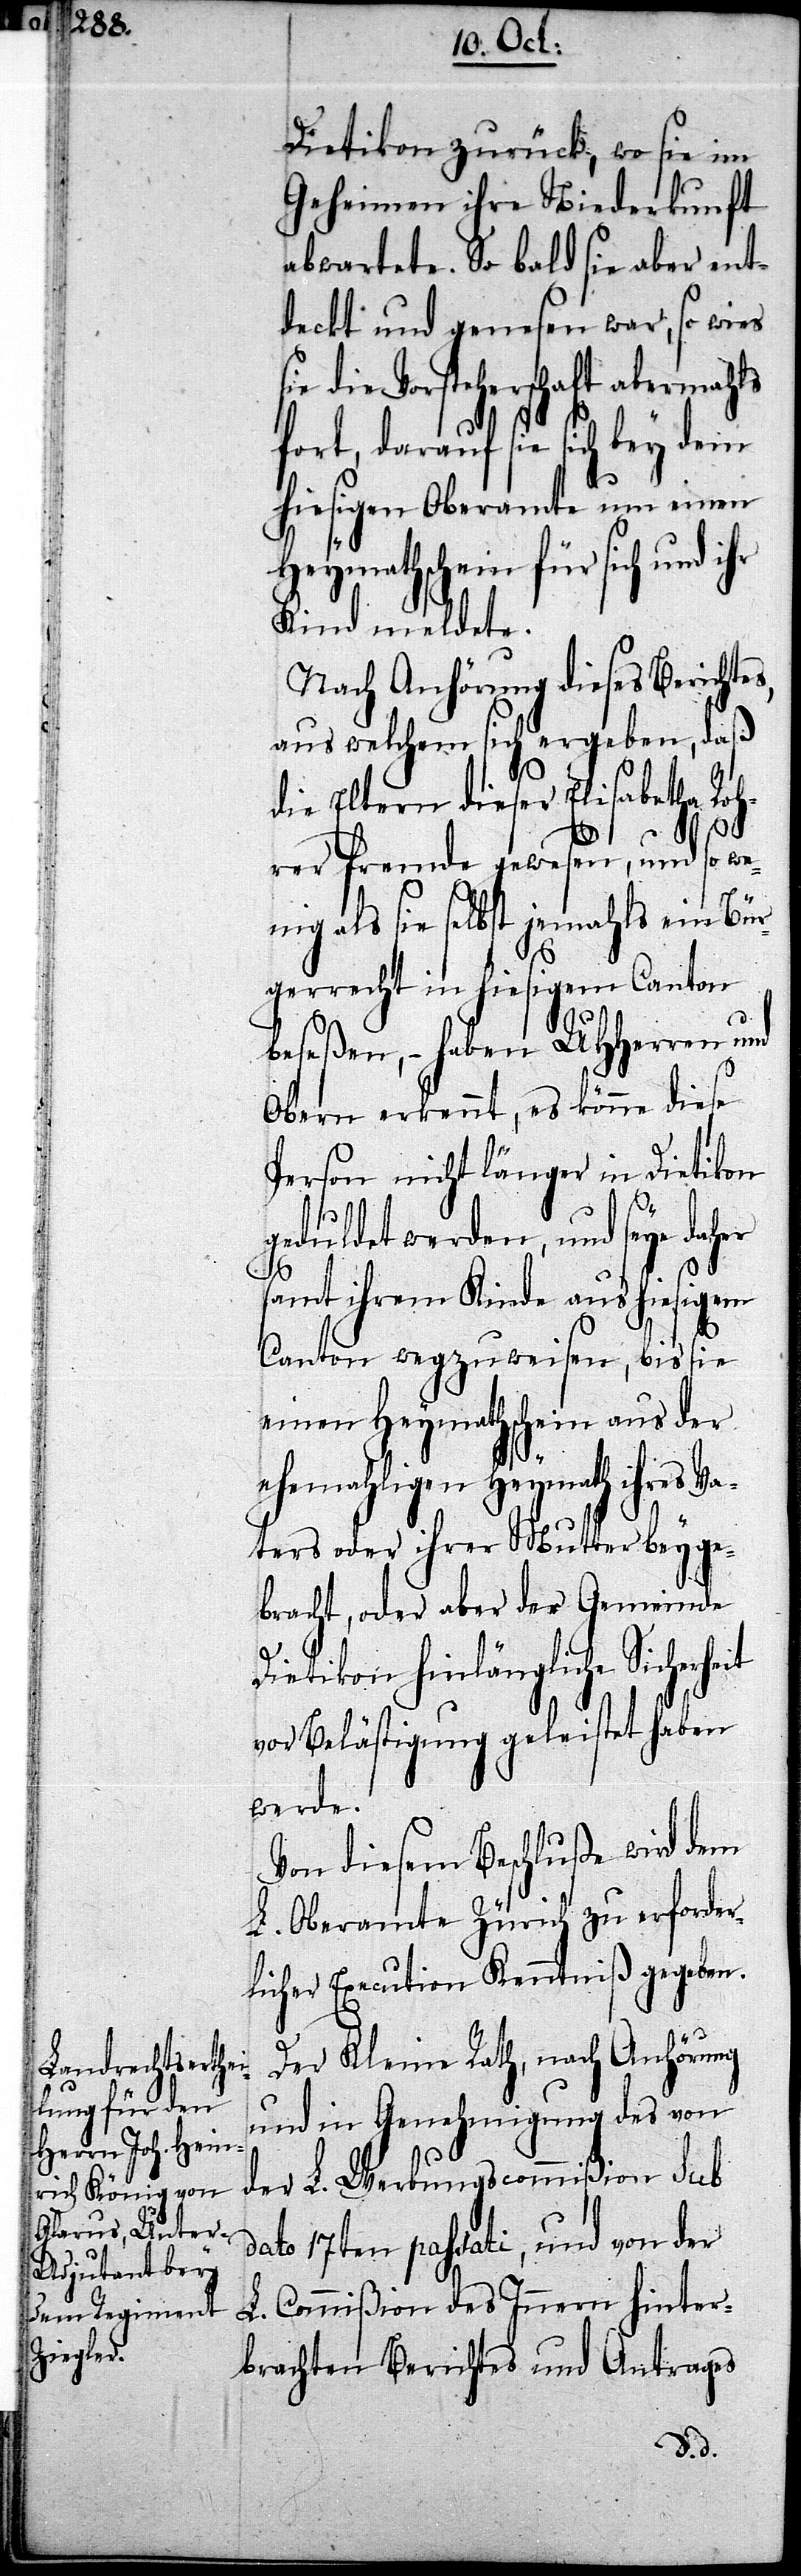
Roh¬

Dietikon zurück, wo sie im
Geheimen ihre Niederkunft
abwartete. So bald sie aber ent¬
deckt und genesen war, so wies
Vorsteherschaft abermahls
fort, darauf sie sich bey dem
hiesigen Oberamte um einen
Heymathschein für sich und
Kind meldete.
Nach Anhörung dieses Berichtes,
aus welchem sich ergeben, daß
die Eltern dieser Elisabetha
rer fremde gewesen, und so we¬
nig als sie selbst jemahls ein Bür¬
gerrecht in hiesigem Canton
beseßen, – haben UHHerren und
Obern erkennt, es könne diese
Person nicht länger in Dietikon
geduldet werden, und seye daher
samt ihrem Kinde aus hiesigem
Canton wegzuweisen, bis sie
einen Heymathschein aus der
ehemahligen Heymath ihres Va¬
ters oder ihrer Mutter beyge¬
bracht, oder aber der Gemeinde
Dietikon hinlänglich Sicherheit
vor Belästigung geleistet haben
werde.
Von diesem Beschluße wird dem
L. Oberamte Zürich zu erforder¬
licher Execution Kenntniß gegeben.
Der Kleine Rath, nach Anhörung
und in Genehmigung des von
der L. Werbungscommißion sub
dato 17ten passati, und von der
L. Commißion des Innern hinter¬
brachten Berichtes und Antrages